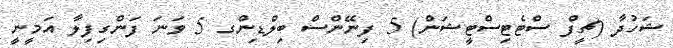
ޝަހުދާ (ޗީފް ސްޓެޓިސްޓީޝަން) 5 ފިނޭންސް ބިލްޑިންގ 5 ވަނަ ފަންގިފިލާ އަމީނީ